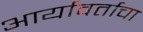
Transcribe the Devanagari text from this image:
आर्यावर्ताचा